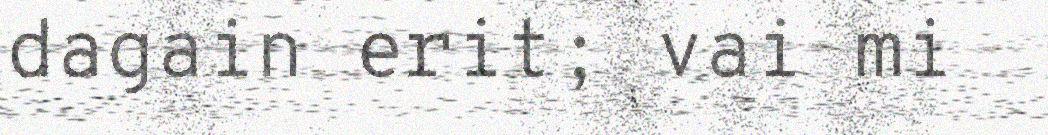
dagain erit; vai mi